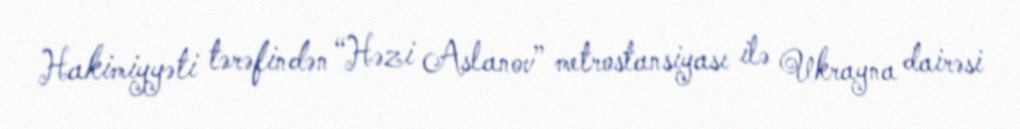
Hakimiyyəti tərəfindən “Həzi Aslanov” metrostansiyası ilə Ukrayna dairəsi